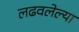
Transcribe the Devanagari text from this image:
लढवलेल्या